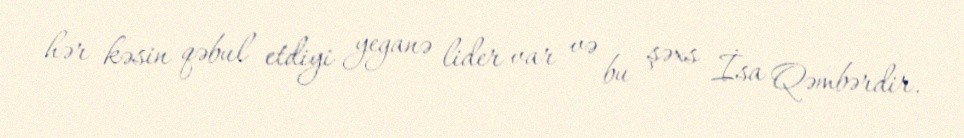
hər kəsin qəbul etdiyi yeganə lider var və bu şəxs İsa Qəmbərdir.